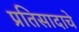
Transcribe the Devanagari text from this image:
प्रतिसादाचे